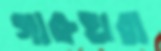
গারুহারা